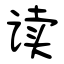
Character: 读